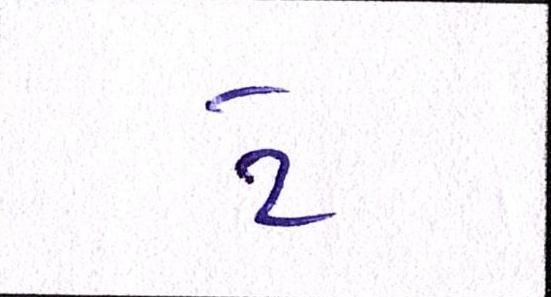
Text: ટે